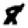
Digit: 8